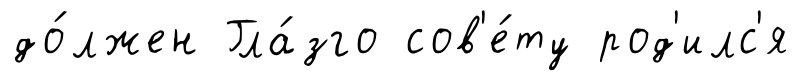
до́лжен Гла́зго сов'е́ту род'илс'я